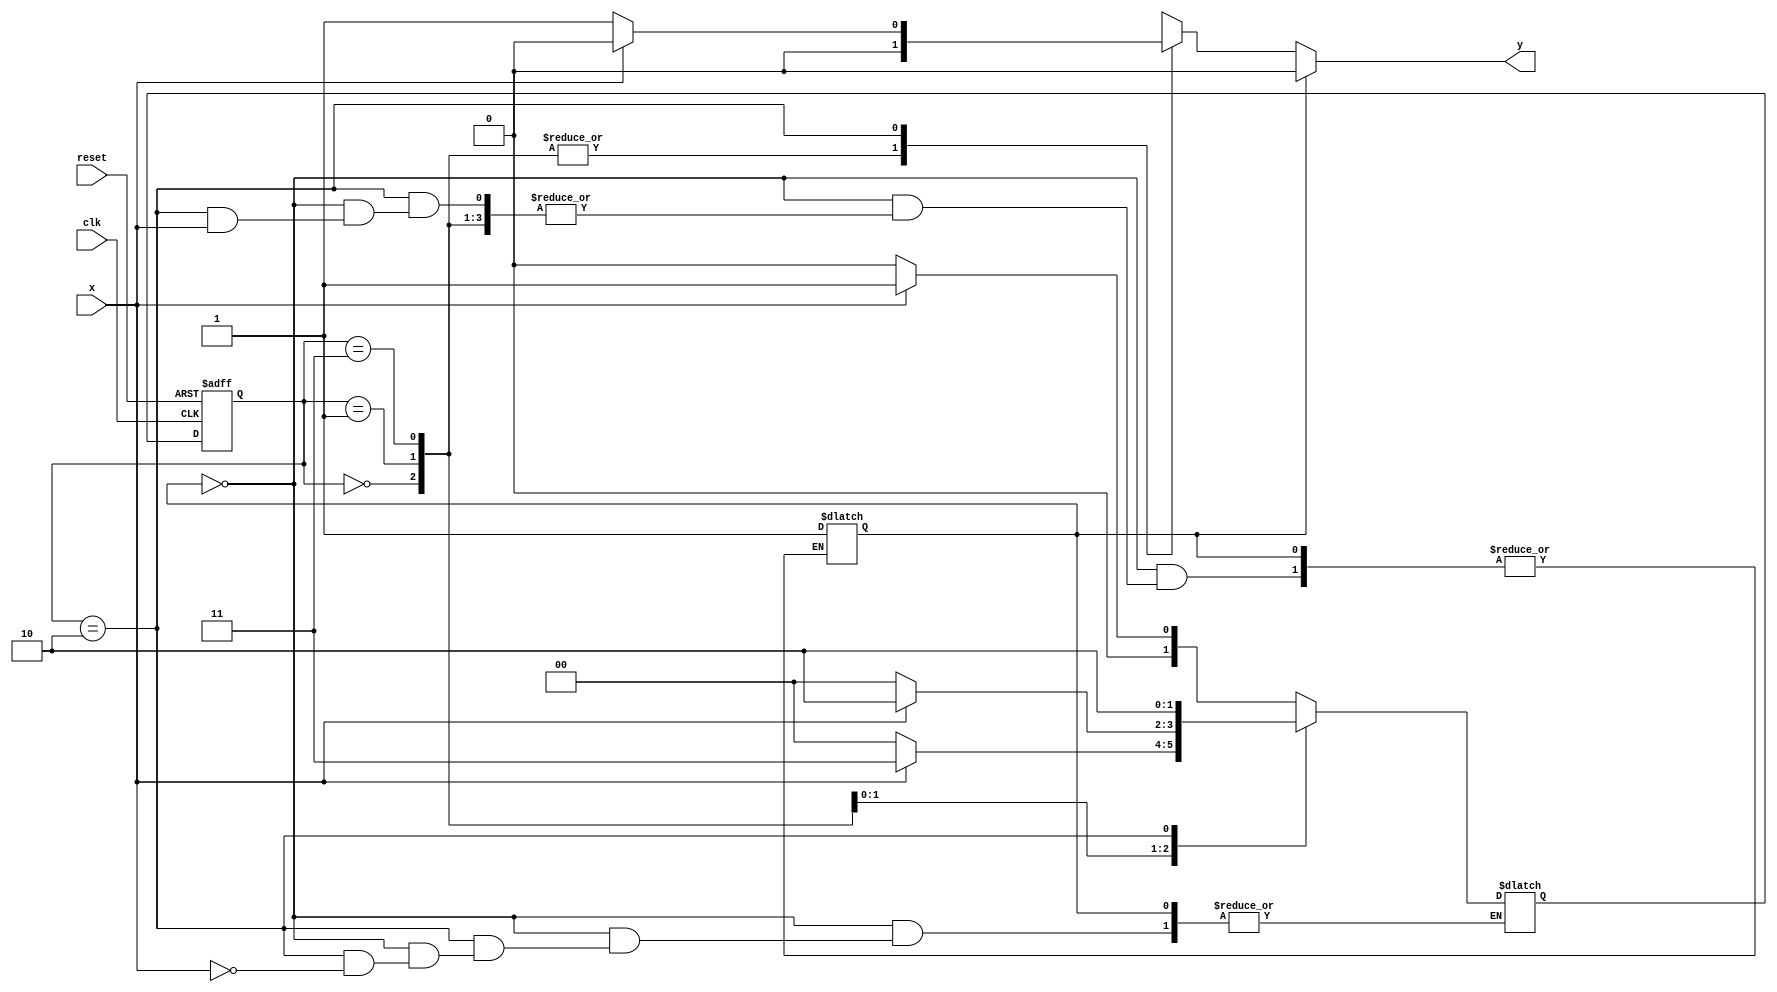
// -------------------------
// Exemplo0054 - Mealy (1110) com interseo
// Nome: Bruno Cezar Andrade Viallet 
// ------------------------- 

//------
//--Mealy FSM
//------

//constant definitions
`define found 1
`define notfound 0
`define inicio 1
`define fim 0

//FSM by Mealy
module mealy1110(y, x, clk, reset);
	output y;
	input x;
	input clk;
	input reset;
	
	reg y;

	reg z = 0;
	
	parameter //state identifiers
	start = 2'b00, 
	id1 = 2'b01, 
	id11 = 2'b11, 
	id110 = 2'b10;
	
	reg[1:0]E1; //current state variables
	reg[1:0]E2; //next stat logic output
	
	//next state logic
	always @(x or E1) begin
		y = `notfound;
	if(z == 0)	
	case(E1)
	start:
		if(x)
			E2 = id1;
		else
			E2 = start;
	
	id1:
		if(x)
			E2 = id11;
		else
			E2 = start;
	
	id11:
		if(x)
			E2 = id110;
		else
			E2 = start;

   id110:
		if(x) begin
			E2 = id110;
			y = `notfound;
		end
		
		else	begin
			y = `found;
			z = 1;
		end
		
	default:  //undefined state
		E2 = 2'bxx;
	endcase
	
	end // always at signal or state changing

	//state variables
	always @(posedge clk or negedge reset) begin
		if(reset)
			E1 = E2; //updates current state
		else
			E1 = 0; //reset

	end // always at signal changing

endmodule // mealy1001	

module testMealy1110; 
	reg clk, reset, x; 
	wire m1; 
		
		mealy1110 mealy1 ( m1, x, clk, reset ); 

	initial begin 
		$display ("Exemplo0054 - Bruno Cezar Andrade Viallet - 396679");
		$display ( "Time 	X  Mealy" ); 
		
		// initial values 
		clk = 1; 
		reset = 0; 
		x = 0; 
		
		// input signal changing 
		#5 reset = 1; 
		#10 x = 1; 
		#10 x = 0; 
		#10 x = 1; 
		#10 x = 1; 
		#10 x = 1; 
		#10 x = 0; 
		#10 x = 1;
		#10 x = 1;
		#10 x = 1;
		#10 x = 0;
		#10 x = 1; 
		#30 $finish; 
		
	end // initial 
		
	always 
		#5 clk = ~clk; 
		
	always @( posedge clk ) begin 
		$display ( "%4d %4b %4b", $time, x, m1 ); 
	
	end // always at positive edge clocking changing 

endmodule // testMealy1110